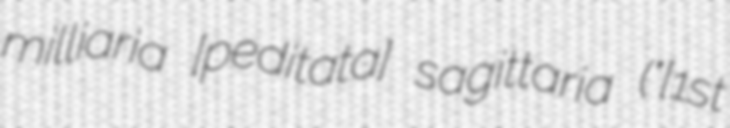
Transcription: milliaria [peditata] sagittaria ("[1st